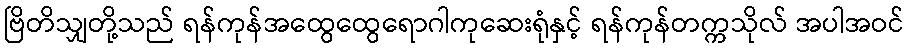
ဗြိတိသျှတို့သည် ရန်ကုန်အထွေထွေရောဂါကုဆေးရုံနှင့် ရန်ကုန်တက္ကသိုလ် အပါအဝင်